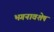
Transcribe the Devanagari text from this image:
भगनावशेष